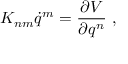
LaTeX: K _ { n m } \dot { q } ^ { m } = \frac { \partial V } { \partial q ^ { n } } \ ,